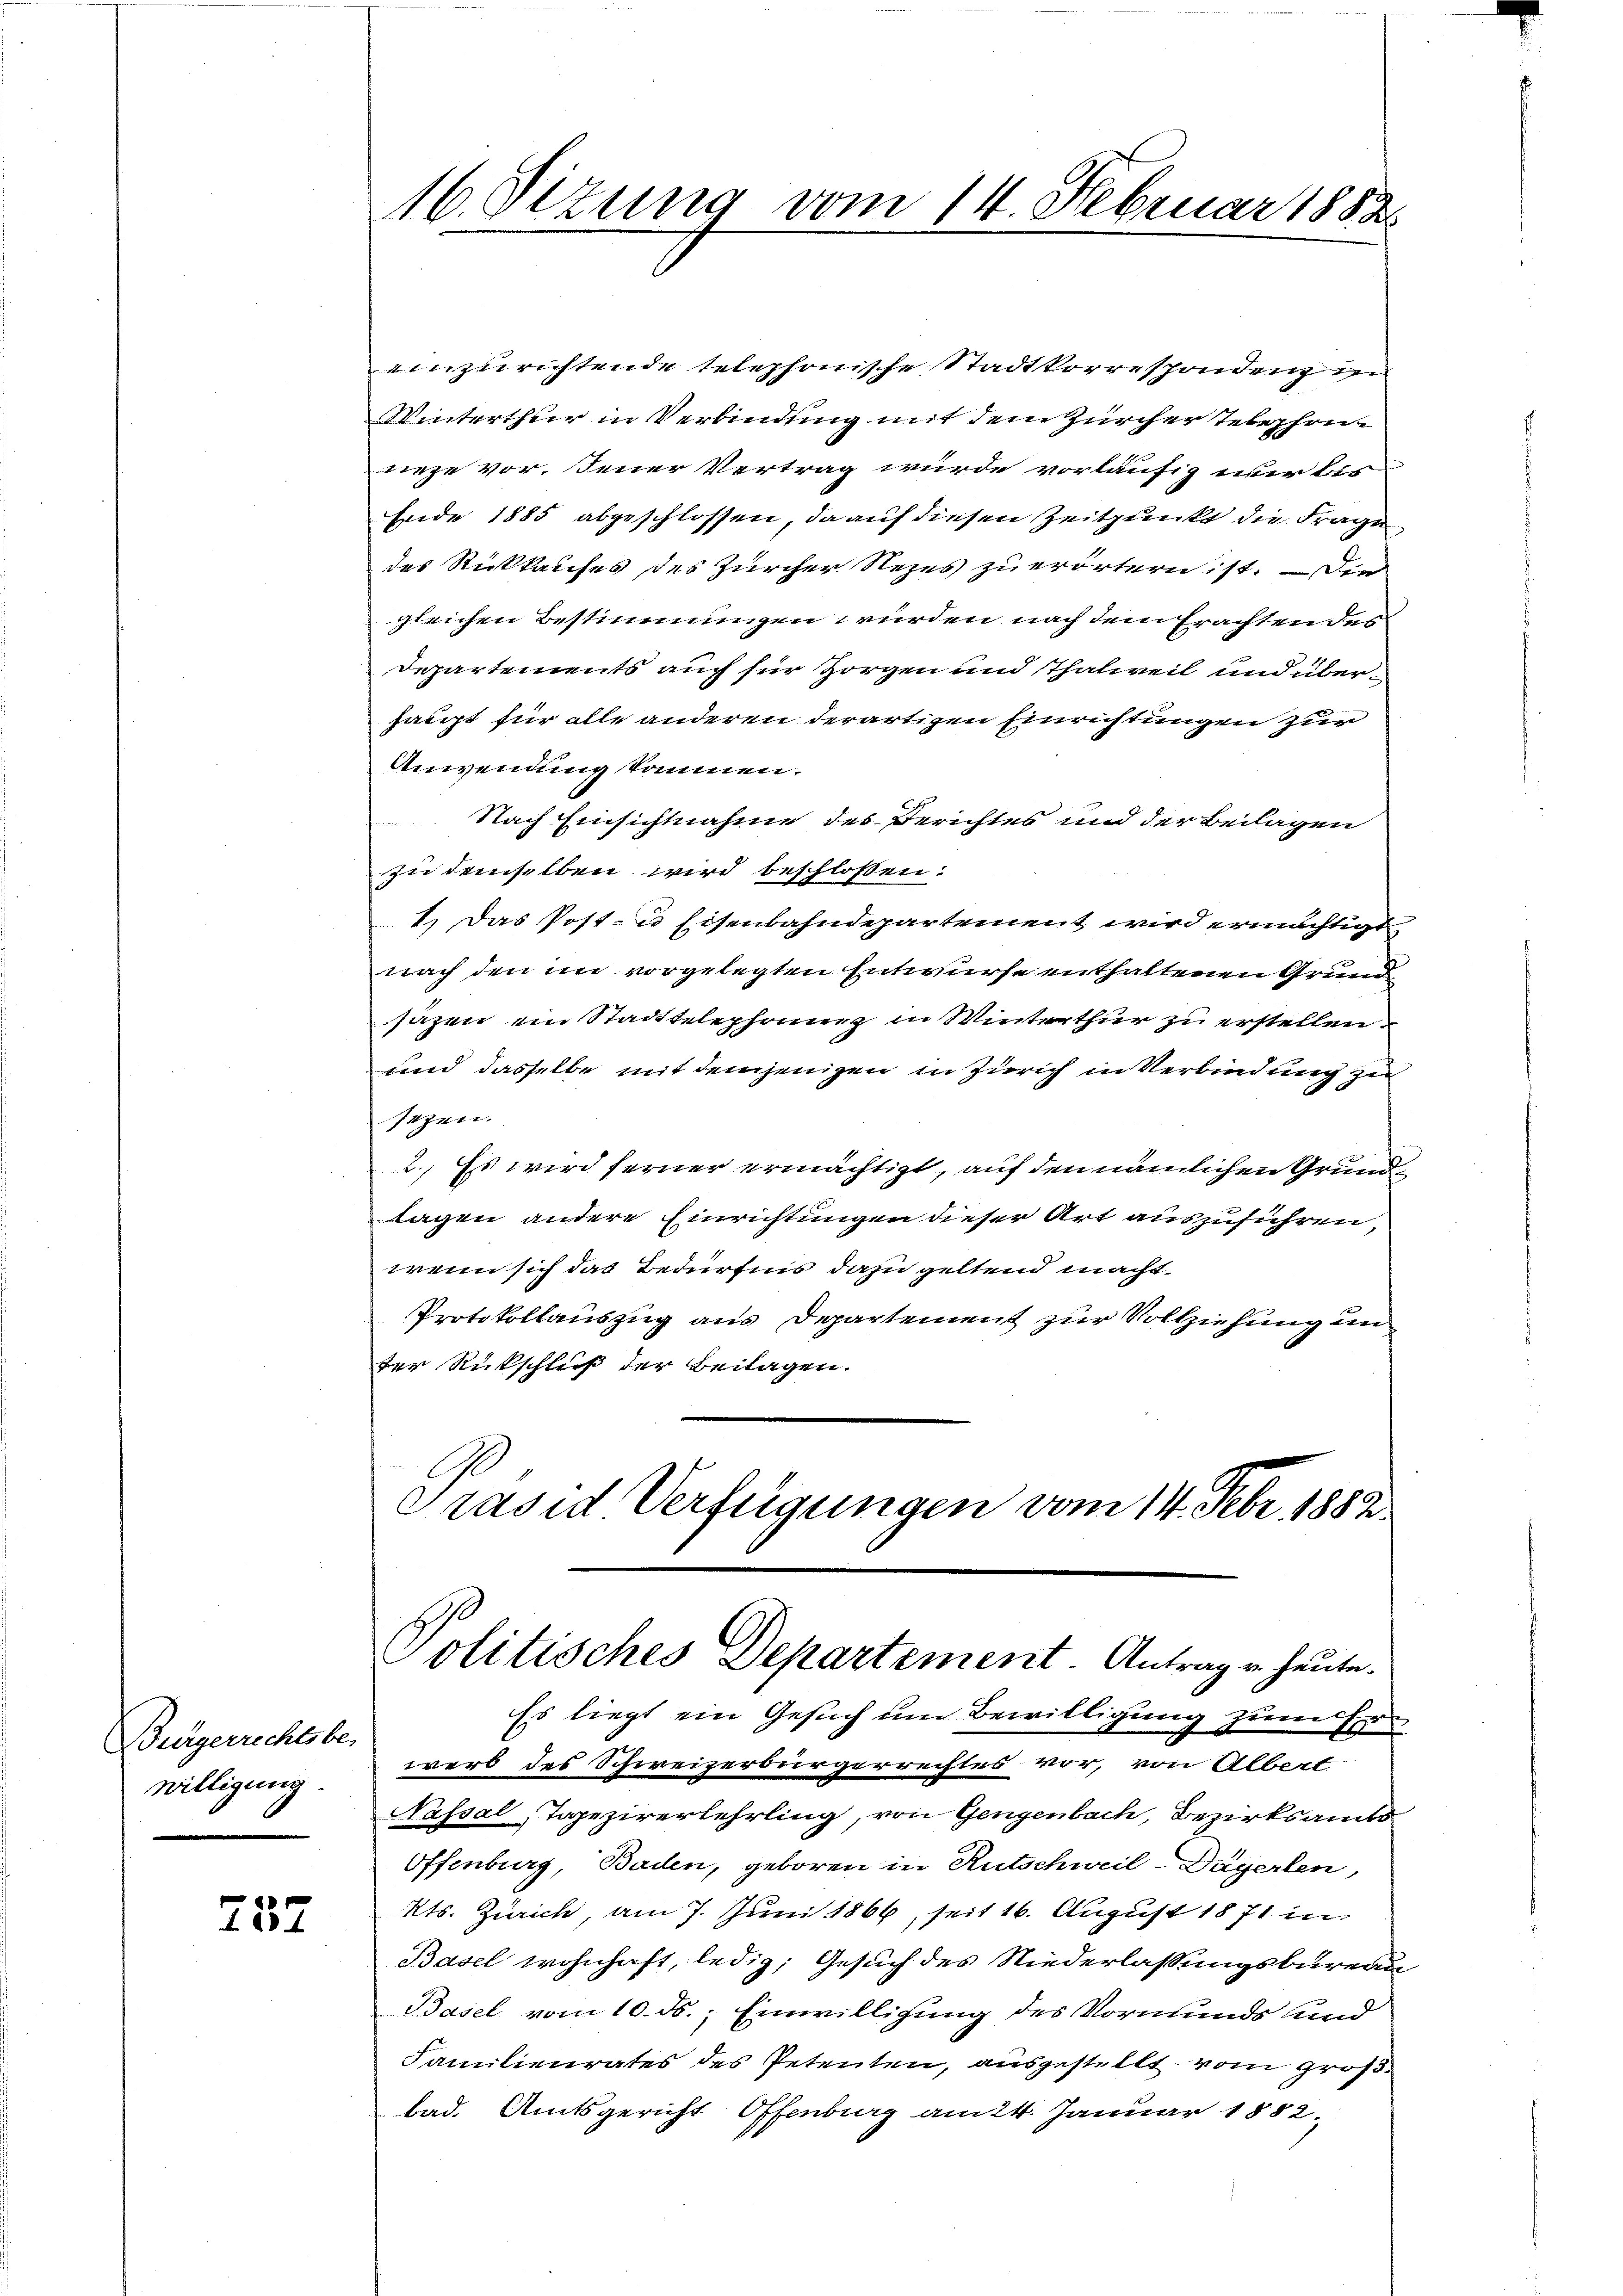
Bürgerrechtsbe-
willigung.

732

einzurichtende telephonische Stadtkorrespondenz in
Winterthur in Verbindung mit dem Zürcher Telephon
wiege vor. Jener Vertrag wurde vorläufig wer bern
Ende 1885 abgeschlossen, da auf diesen Zeitpunkt die Frage,
des Rückkaufes des Zürcher Nezes zu erörtern ist. – Die
gleichen Bestimmungen würden nach dem Erachten des
Departements auch für Horgen und Thalweil und überhaupt für alle anderen derartigen Einrichtungen zur
Anwendung kommen.
Nach Einsichtnahme des Berichtes und der Beilagen
zu demselben wird beschlossen:
1.) Das Post- u Eisenbahndepartement wird ermächtigt,
nach den im vorgelegten Entwurfe enthaltenen Grund
sazen ein Stadttelephonne in Winterthur zu erstellen
und dasselbe mit demjenigen in Zürich in Verbindung zu
sezen.
2.) Es wird ferner ermächtigt, auf den nämlichen Grundtagen andere Einrichtungen dieser Art auszuführen,
wenn sich das Bedürfnis dazu geltend macht.
Protokollauszug aus Departement zur Vollziehung un
der Rückschluß der Beilagen.
Präsid Verfügungen vom 14. Febr. 1882

16. Sizung vom 14. Februar 1882

Politisches Departement. Antrag v. heute.

Es liegt ein Gesuch um Bewilligung zum ihr
werb des Schweizerbürgerrechtes vor, von Albert
Nassal Tapezirerlehrling, von Gengenbach, Bezirksamts-
Offenburg, Baden, geboren in Rutschweil-Dägerlen,
Kts. Zürich, am 7. Juni 1866, seit 16. August 1871 in
Basel wohnhaft, ledig, Gesuch des Niederlassungsbureau
Basel vom 10. ds. Einwilligung des Vormunds und
Familienrates des Petenten, ausgestellt vom großbad. Amtsgericht Offenburg am 24. Januar 1882.